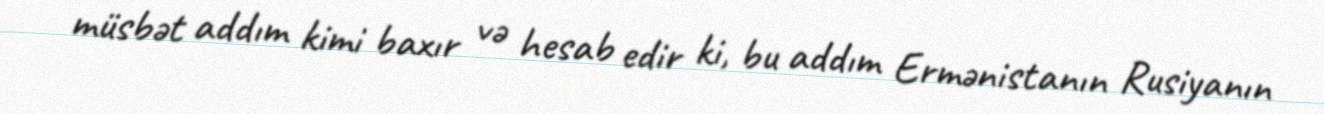
müsbət addım kimi baxır və hesab edir ki, bu addım Ermənistanın Rusiyanın